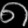
Digit: ၈